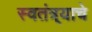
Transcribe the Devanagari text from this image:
स्वतंत्र्याचे